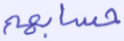
حسابهم